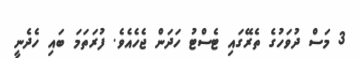
3 މަސް ދުވަހުގެ ތެރޭގައި ޓެސްޓު ހަދަން ޖެހެއެވެ. ފުރަތަމަ ބައި ހެދެނީ